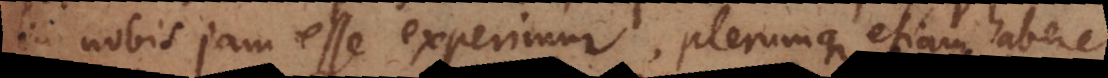
in nobis jam esse experimur, plerumque etiam habere